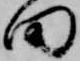
田